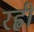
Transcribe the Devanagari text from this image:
रह्वी